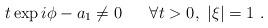
LaTeX: \begin{align*}t\exp i\phi - a_{1}\neq 0\hspace{7 mm}\forall t>0, \, \, |\xi|=1\,\,.\end{align*}